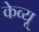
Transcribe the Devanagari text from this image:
केव्यू